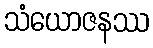
သံယောဇနဿ